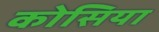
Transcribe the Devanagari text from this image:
कोसिया